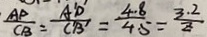
\frac { A D } { C B } = \frac { A ^ { \prime } D ^ { \prime } } { C ^ { \prime } B ^ { \prime } } = \frac { 4 . 8 } { 4 . 5 } = \frac { 3 . 2 } { Z }